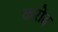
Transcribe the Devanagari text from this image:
करोढ़